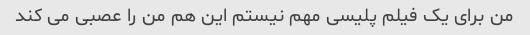
من برای یک فیلم پلیسی مهم نیستم این هم من را عصبی می کند